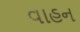
વાહન